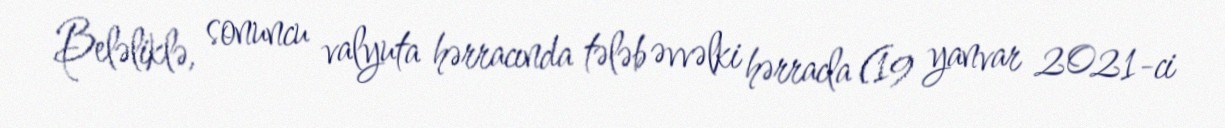
Beləliklə, sonuncu valyuta hərracında tələb əvvəlki hərracla (19 yanvar 2021-ci